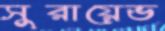
সুরায়েভ